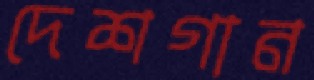
দেশগান